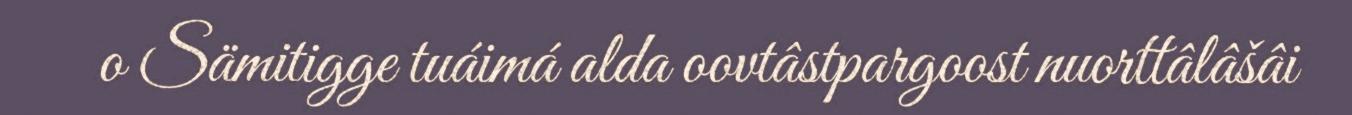
o Sämitigge tuáimá alda oovtâstpargoost nuorttâlâšâi